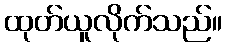
ထုတ်ယူလိုက်သည်။